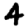
Digit: 4